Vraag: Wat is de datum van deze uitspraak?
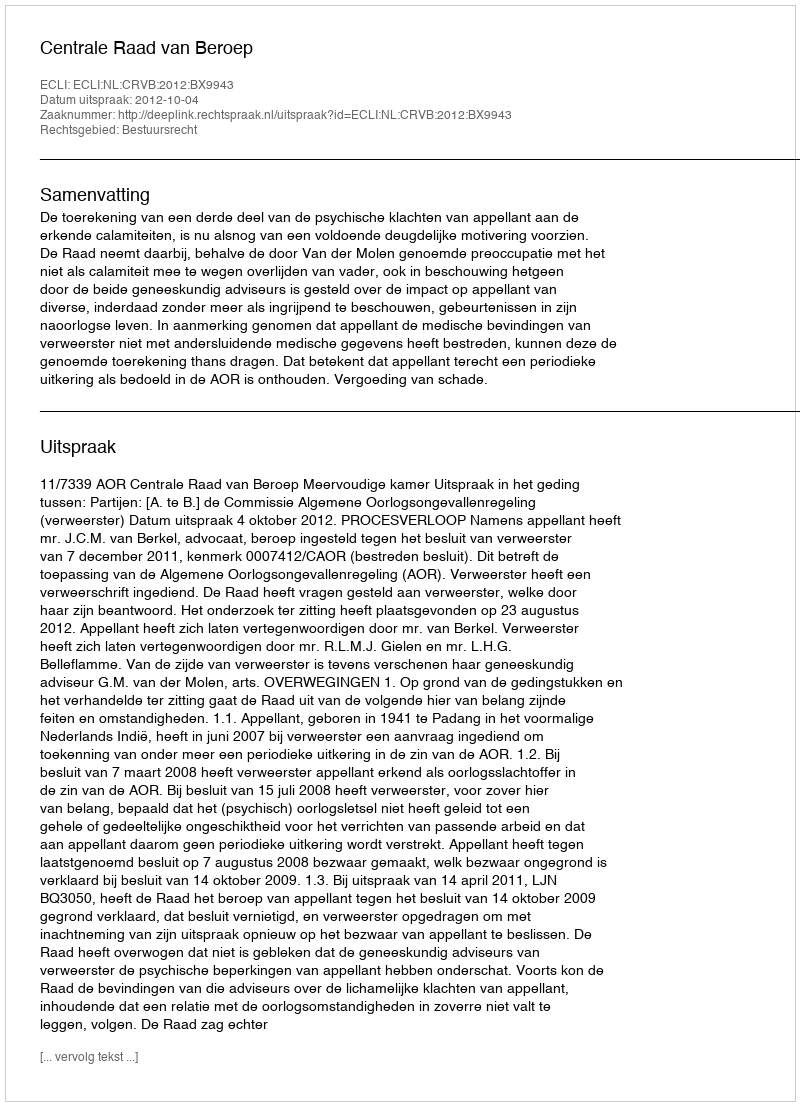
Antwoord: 2012-10-04